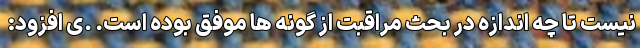
نیست تا چه اندازه در بحث مراقبت از گونه ها موفق بوده است. .ی افزود: